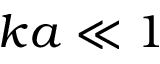
k a \ll 1